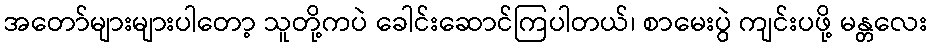
အတော်များများပါတော့ သူတို့ကပဲ ခေါင်းဆောင်ကြပါတယ်၊ စာမေးပွဲ ကျင်းပဖို့ မန္တလေး